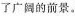
广阔的前景。